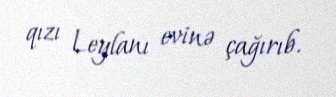
qızı Leylanı evinə çağırıb.